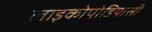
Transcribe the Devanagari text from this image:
लाइकोपोडियासी